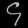
Digit: ၄